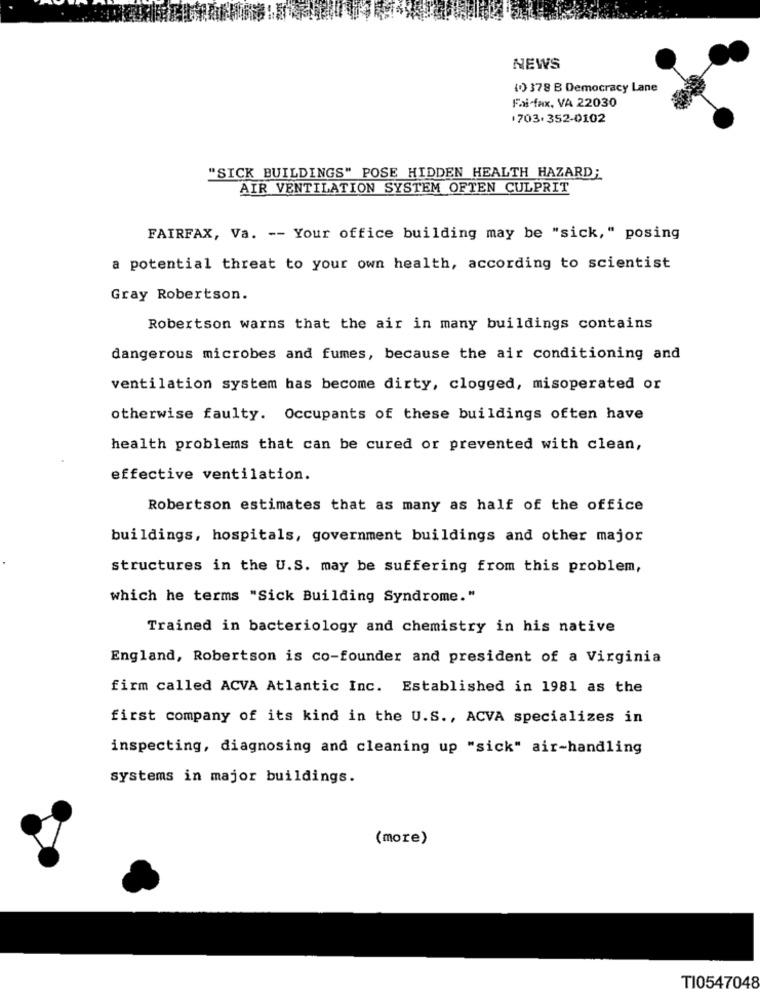
NEWS
(0) 378 B Democracy Lane
Fai fax, VA 22030
1703.352-0102
"SICK BUILDINGS" POSE HIDDEN HEALTH HAZARD;
AIR VENTILATION SYSTEM OFTEN CULPRIT
FAIRFAX, Va. -- Your office building may be "sick," posing
a potential threat to your own health, according to scientist
Gray Robertson.
Robertson warns that the air in many buildings contains
dangerous microbes and fumes, because the air conditioning and
ventilation system has become dirty, clogged, misoperated or
otherwise faulty. Occupants of these buildings often have
health problems that can be cured or prevented with clean,
effective ventilation.
Robertson estimates that as many as half of the office
buildings, hospitals, government buildings and other major
structures in the U.S. may be suffering from this problem,
which he terms "Sick Building Syndrome."
Trained in bacteriology and chemistry in his native
England, Robertson is co-founder and president of a Virginia
firm called ACVA Atlantic Inc. Established in 1981 as the
first company of its kind in the U.S ., ACVA specializes in
inspecting, diagnosing and cleaning up "sick" air-handling
systems in major buildings.
(more)
TI0547048